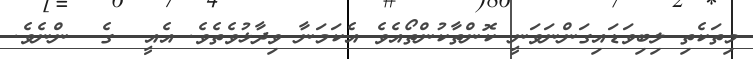
މިތަކެތި ލިބިވަޑައިގަންނަވަނީ ކޮންތާކުންތޯއެވެ އެކަމަނާ ވިދާޅުވެތެވެ. އެއީ  ގެ  ންނެވެ.